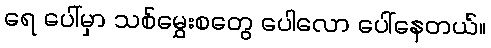
ရေ ပေါ်မှာ သစ်မွှေးစတွေ ပေါလော ပေါ်နေတယ်။